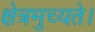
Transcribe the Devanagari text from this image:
क्षेत्रमुच्यते।